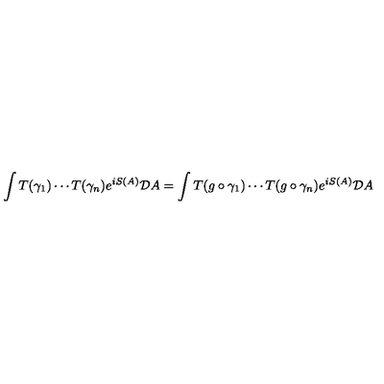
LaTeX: \int T ( \gamma _ { 1 } ) \cdots T ( \gamma _ { n } ) e ^ { i S ( A ) } { \cal D } A = \int T ( g \circ \gamma _ { 1 } ) \cdots T ( g \circ \gamma _ { n } ) e ^ { i S ( A ) } { \cal D } A